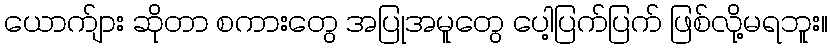
ယောက်ျား ဆိုတာ စကားတွေ အပြုအမူတွေ ပေါ့ပြက်ပြက် ဖြစ်လို့မရဘူး။